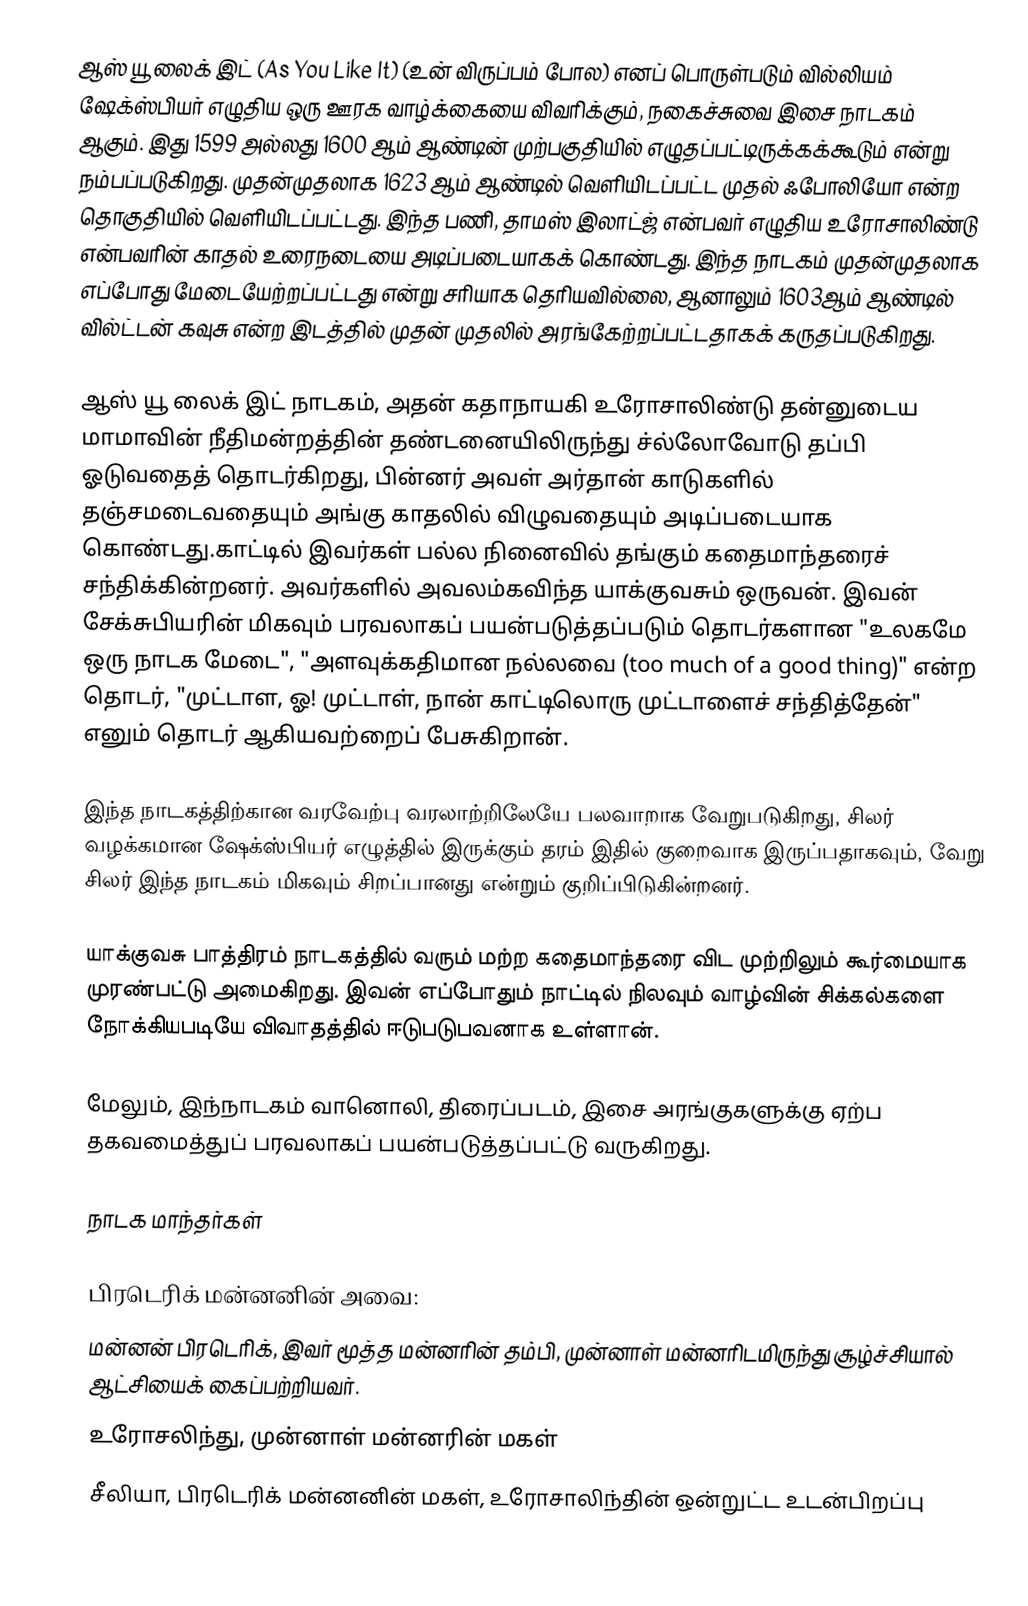
ஆஸ் யூ லைக் இட் (As You Like It) (உன் விருப்பம் போல) எனப் பொருள்படும் வில்லியம் ஷேக்‌ஸ்பியர் எழுதிய ஒரு ஊரக வாழ்க்கையை விவரிக்கும், நகைச்சுவை இசை நாடகம் ஆகும். இது 1599 அல்லது 1600 ஆம் ஆண்டின் முற்பகுதியில் எழுதப்பட்டிருக்கக்கூடும் என்று நம்பப்படுகிறது. முதன்முதலாக 1623 ஆம் ஆண்டில் வெளியிடப்பட்ட முதல் ஃபோலியோ என்ற தொகுதியில் வெளியிடப்பட்டது. இந்த பணி, தாமஸ்  இலாட்ஜ் என்பவர் எழுதிய  உரோசாலிண்டு என்பவரின் காதல் உரைநடையை அடிப்படையாகக் கொண்டது. இந்த நாடகம் முதன்முதலாக எப்போது மேடையேற்றப்பட்டது என்று சரியாக தெரியவில்லை, ஆனாலும் 1603ஆம் ஆண்டில் வில்ட்டன் கவுசு என்ற இடத்தில் முதன் முதலில் அரங்கேற்றப்பட்டதாகக் கருதப்படுகிறது.

ஆஸ் யூ லைக் இட் நாடகம், அதன் கதாநாயகி உரோசாலிண்டு தன்னுடைய மாமாவின் நீதிமன்றத்தின் தண்டனையிலிருந்து ச்ல்லோவோடு தப்பி ஓடுவதைத் தொடர்கிறது, பின்னர் அவள் அர்தான் காடுகளில் தஞ்சமடைவதையும் அங்கு காதலில் விழுவதையும் அடிப்படையாக கொண்டது.காட்டில் இவர்கள் பல்ல நினைவில் தங்கும் கதைமாந்தரைச் சந்திக்கின்றனர். அவர்களில் அவலம்கவிந்த யாக்குவசும் ஒருவன்.  இவன் சேக்சுபியரின் மிகவும் பரவலாகப் பயன்படுத்தப்படும் தொடர்களான "உலகமே ஒரு நாடக மேடை", "அளவுக்கதிமான நல்லவை (too much of a good thing)" என்ற தொடர், "முட்டாள, ஓ! முட்டாள், நான் காட்டிலொரு முட்டாளைச் சந்தித்தேன்" எனும் தொடர் ஆகியவற்றைப் பேசுகிறான்.

இந்த நாடகத்திற்கான வரவேற்பு வரலாற்றிலேயே பலவாறாக வேறுபடுகிறது, சிலர் வழக்கமான ஷேக்ஸ்பியர் எழுத்தில் இருக்கும் தரம் இதில் குறைவாக  இருப்பதாகவும், வேறு சிலர் இந்த நாடகம் மிகவும் சிறப்பானது என்றும் குறிப்பிடுகின்றனர்.

யாக்குவசு பாத்திரம்  நாடகத்தில் வரும் மற்ற கதைமாந்தரை விட முற்றிலும் கூர்மையாக முரண்பட்டு அமைகிறது. இவன் எப்போதும் நாட்டில் நிலவும் வாழ்வின் சிக்கல்களை நோக்கியபடியே விவாதத்தில் ஈடுபடுபவனாக உள்ளான்.

மேலும், இந்நாடகம் வானொலி, திரைப்படம், இசை அரங்குகளுக்கு ஏற்ப தகவமைத்துப் பரவலாகப் பயன்படுத்தப்பட்டு வருகிறது.

நாடக மாந்தர்கள்

பிரடெரிக் மன்னனின் அவை:
 மன்னன் பிரடெரிக், இவர் மூத்த மன்னரின் தம்பி, முன்னாள் மன்னரிடமிருந்து சூழ்ச்சியால் ஆட்சியைக் கைப்பற்றியவர்.
 உரோசலிந்து, முன்னாள் மன்னரின் மகள்
 சீலியா, பிரடெரிக் மன்னனின் மகள், உரோசாலிந்தின் ஒன்றுட்ட உடன்பிறப்பு